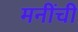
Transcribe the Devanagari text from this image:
मनींची